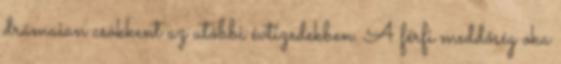
drámaian csökkent az utóbbi évtizedekben. A férfi meddőség oka